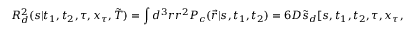
{ \cal R } _ { d } ^ { 2 } ( s | t _ { 1 } , t _ { 2 } , \tau , x _ { \tau } , \tilde { T } ) = \int d ^ { 3 } r r ^ { 2 } P _ { c } ( \vec { r } | s , t _ { 1 } , t _ { 2 } ) = 6 D \tilde { s } _ { d } [ s , t _ { 1 } , t _ { 2 } , \tau , x _ { \tau } , \tilde { T } ] .